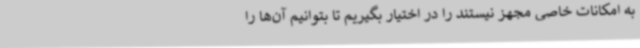
به امکانات خاصی مجهز نیستند را در اختیار بگیریم تا بتوانیم آن‌ها را